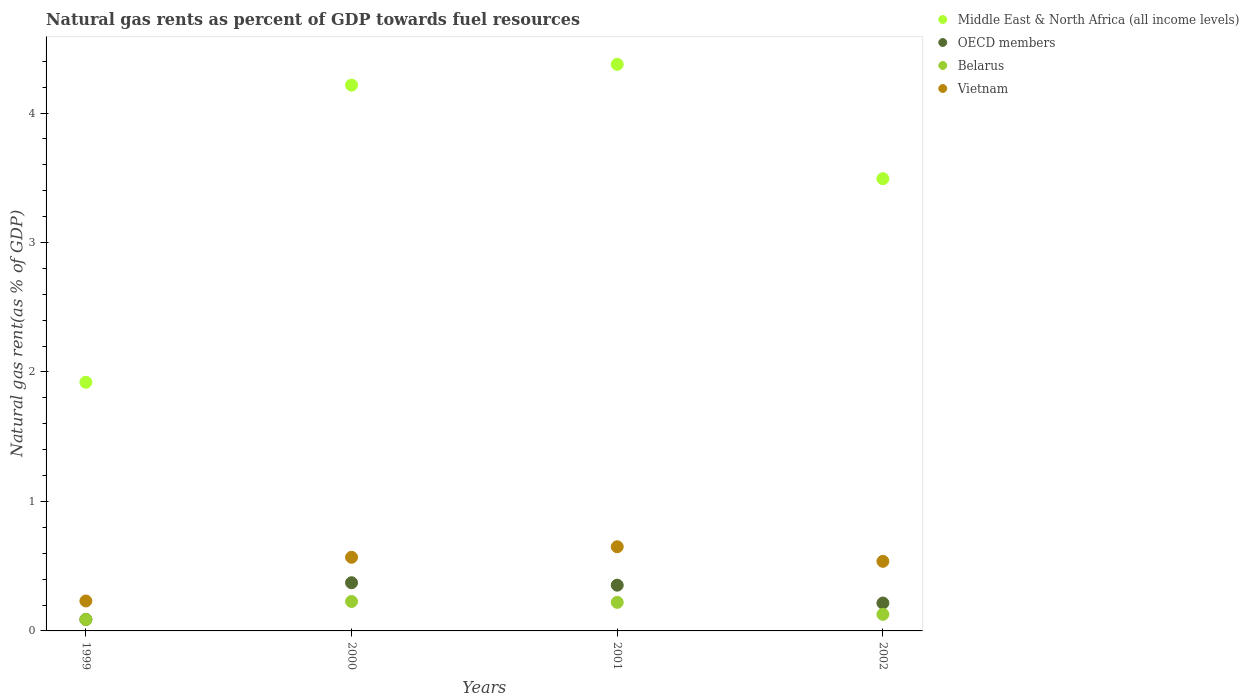
| Years | Middle East & North Africa (all income levels) | OECD members | Belarus | Vietnam |
 | --- | --- | --- | --- | --- |
 | 1999 | 1.92 | 0.0889 | 0.0885 | 0.231 |
 | 2000 | 4.22 | 0.372 | 0.227 | 0.569 |
 | 2001 | 4.38 | 0.353 | 0.221 | 0.65 |
 | 2002 | 3.49 | 0.215 | 0.128 | 0.538 |